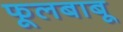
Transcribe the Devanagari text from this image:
फूलबाबू